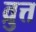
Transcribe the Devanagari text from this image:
व्रुत्त